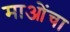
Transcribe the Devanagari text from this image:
माओंचा